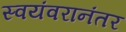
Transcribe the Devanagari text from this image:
स्वयंवरानंतर